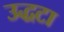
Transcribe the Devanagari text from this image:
उद्धटा